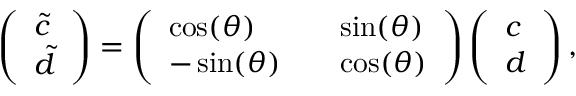
\left( \begin{array} { l } { \tilde { c } } \\ { \tilde { d } } \end{array} \right) = \left( \begin{array} { l l l } { \cos ( \theta ) } & { } & { \sin ( \theta ) } \\ { - \sin ( \theta ) } & { } & { \cos ( \theta ) } \end{array} \right) \left( \begin{array} { l } { c } \\ { d } \end{array} \right) ,